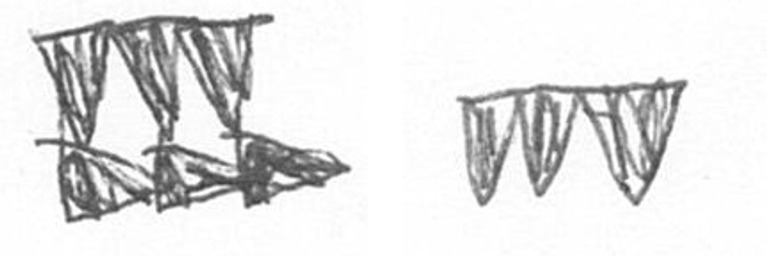
D L